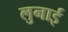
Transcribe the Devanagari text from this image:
लुनाई